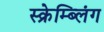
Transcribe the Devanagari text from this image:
स्क्रेम्ब्लिंग